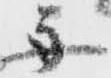
舟